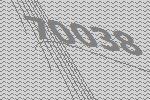
70038